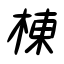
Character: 棟